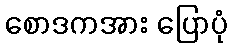
စောဒကအား ပြောပုံ